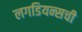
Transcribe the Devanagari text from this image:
लगडियन्सची